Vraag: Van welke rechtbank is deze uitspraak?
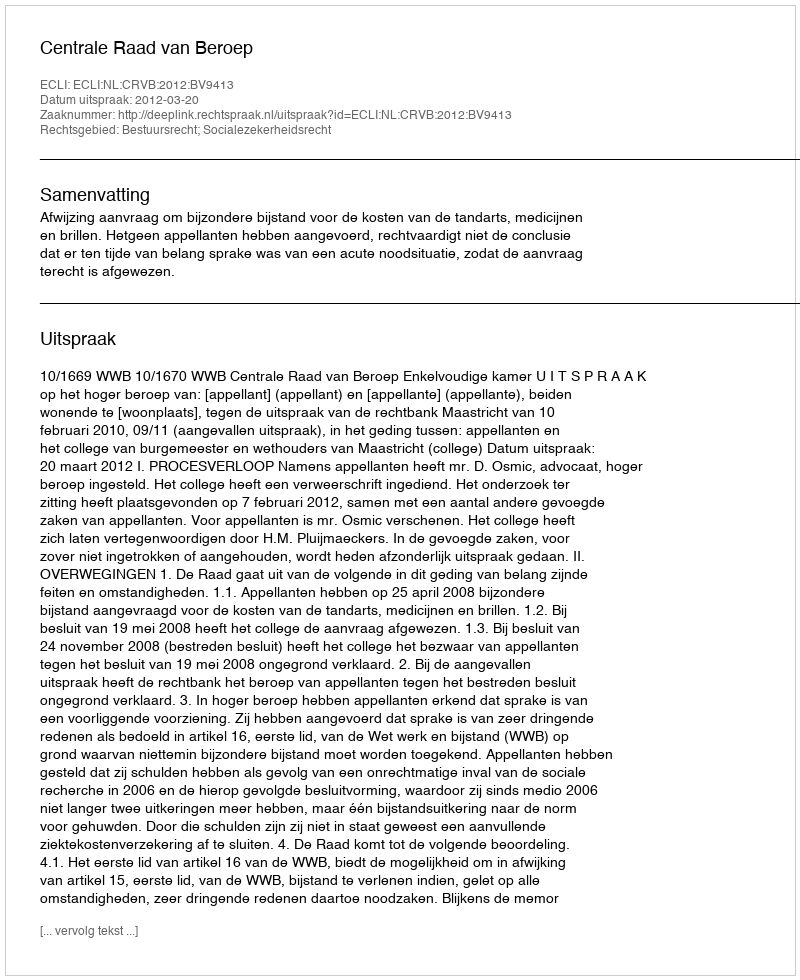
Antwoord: Centrale Raad van Beroep